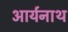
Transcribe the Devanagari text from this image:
आर्यनाथ